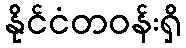
နိုင်ငံတဝန်းရှိ